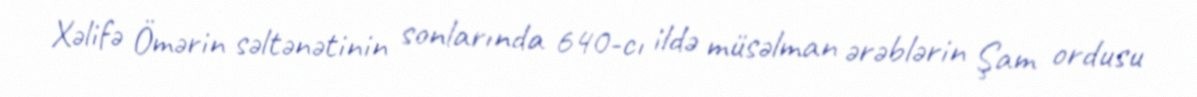
Xəlifə Ömərin səltənətinin sonlarında 640-cı ildə müsəlman ərəblərin Şam ordusu